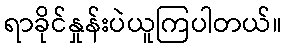
ရာခိုင်နှုန်းပဲယူကြပါတယ်။